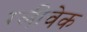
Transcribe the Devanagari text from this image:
ग्लीवेक